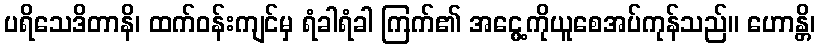
ပရိသေဒိတာနိ၊ ထက်ဝန်းကျင်မှ ရံခါရံခါ ကြက်၏ အငွေ့ကိုယူစေအပ်ကုန်သည်။ ဟောန္တိ၊